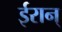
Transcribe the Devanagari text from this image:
ईरान्